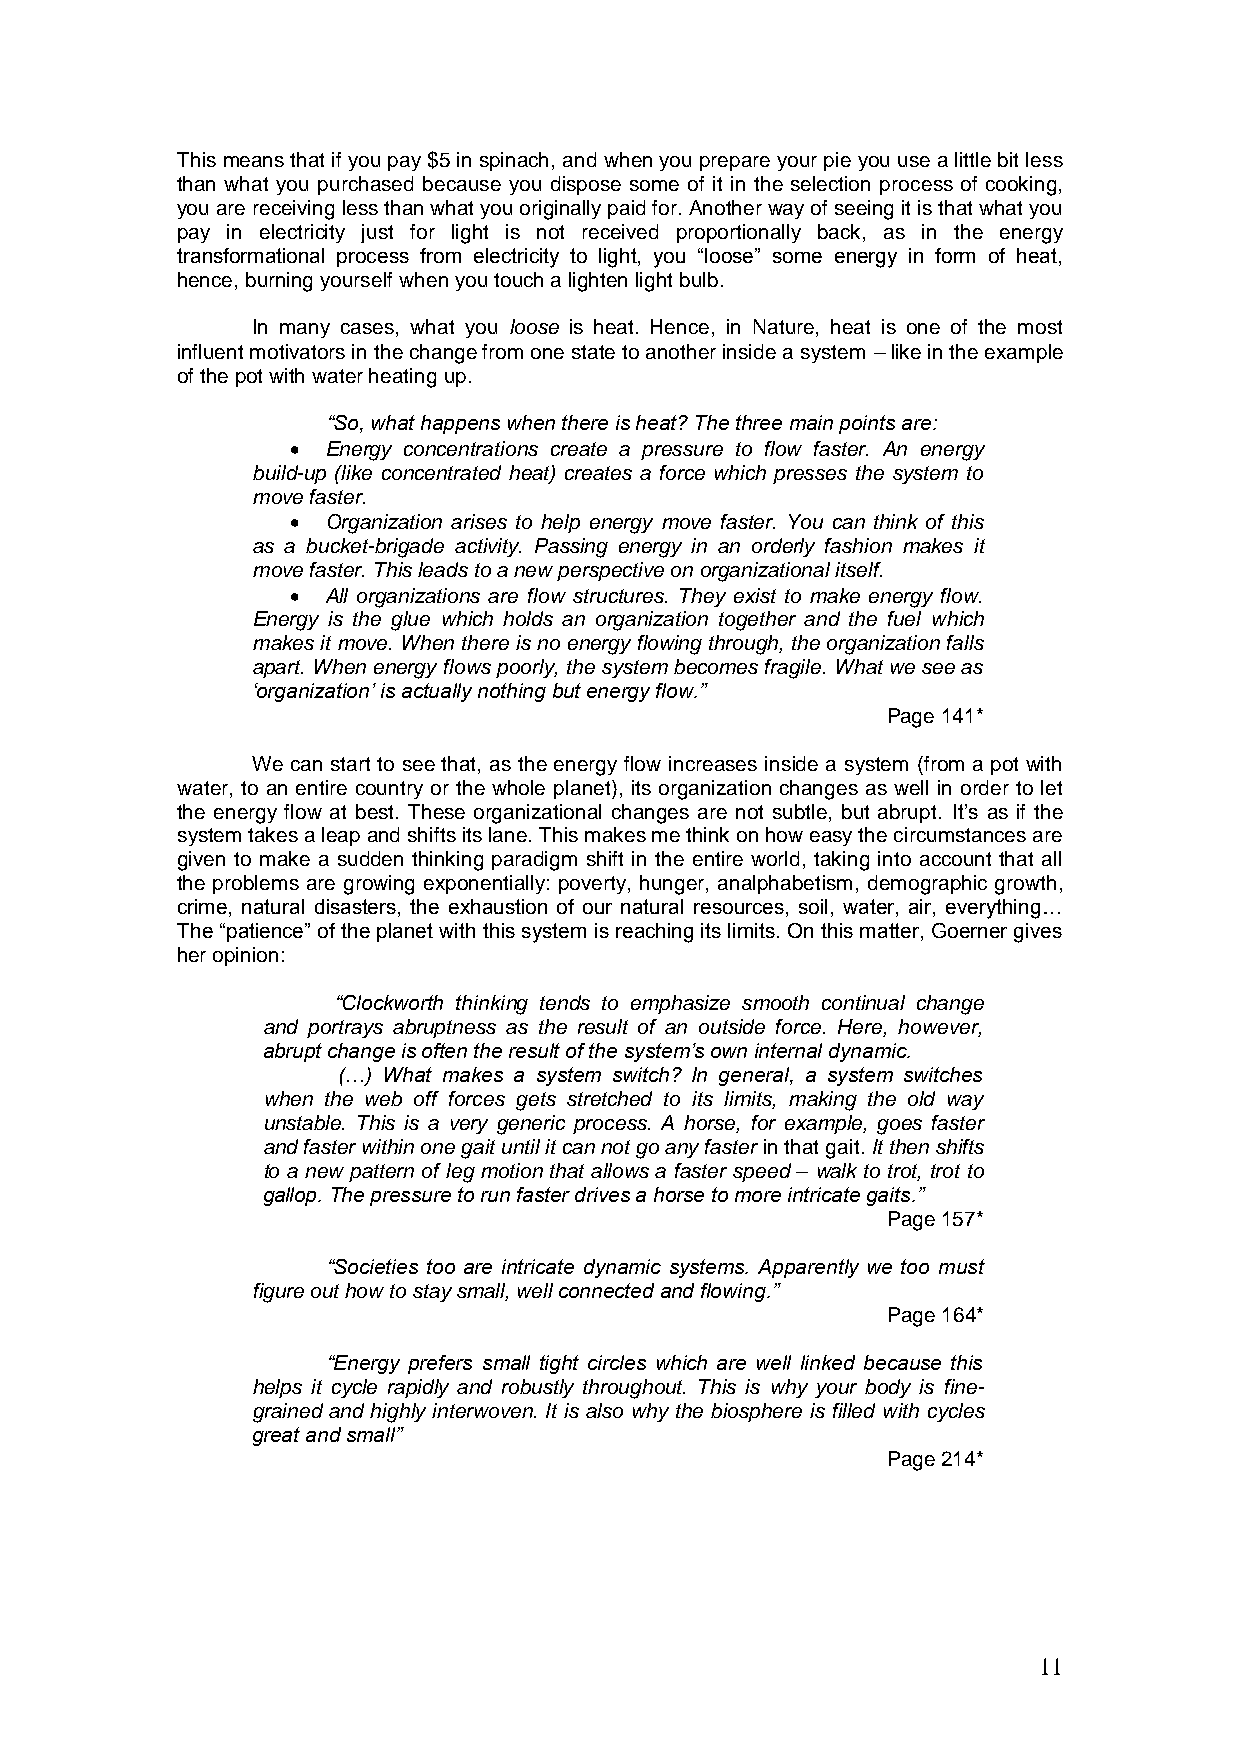
This means that if you pay $5 in spinach, and when you prepare your pie you use a little bit less
 than what you purchased because you dispose some of it in the selection process of cooking,
 you are receiving less than what you originally paid for. Another way of seeing it is that what you
 pay in electricity just for light is not received proportionally back, as in the energy
 transformational process from electricity to light, you ―loose‖ some energy in form of heat,
 hence, burning yourself when you touch a lighten light bulb.
 In many cases, what you loose is heat. Hence, in Nature, heat is one of the most
 influent motivators in the change from one state to another inside a system – like in the example
 of the pot with water heating up.
 “So, what happens when there is heat? The three main points are:
   Energy concentrations create a pressure to flow faster. An energy
 build-up (like concentrated heat) creates a force which presses the system to
 move faster.
   Organization arises to help energy move faster. You can think of this
 as a bucket-brigade activity. Passing energy in an orderly fashion makes it
 move faster. This leads to a new perspective on organizational itself.
   All organizations are flow structures. They exist to make energy flow.
 Energy is the glue which holds an organization together and the fuel which
 makes it move. When there is no energy flowing through, the organization falls
 apart. When energy flows poorly, the system becomes fragile. What we see as
 „organization‟ is actually nothing but energy flow.”
 Page 141*
 We can start to see that, as the energy flow increases inside a system (from a pot with
 water, to an entire country or the whole planet), its organization changes as well in order to let
 the energy flow at best. These organizational changes are not subtle, but abrupt. It’s as if the
 system takes a leap and shifts its lane. This makes me think on how easy the circumstances are
 given to make a sudden thinking paradigm shift in the entire world, taking into account that all
 the problems are growing exponentially: poverty, hunger, analphabetism, demographic growth,
 crime, natural disasters, the exhaustion of our natural resources, soil, water, air, everything…
 The ―patience‖ of the planet with this system is reaching its limits. On this matter, Goerner gives
 her opinion:
 “Clockworth thinking tends to emphasize smooth continual change
 and portrays abruptness as the result of an outside force. Here, however,
 abrupt change is often the result of the system‟s own internal dynamic.
 (…) What makes a system switch? In general, a system switches
 when the web off forces gets stretched to its limits, making the old way
 unstable. This is a very generic process. A horse, for example, goes faster
 and faster within one gait until it can not go any faster in that gait. It then shifts
 to a new pattern of leg motion that allows a faster speed – walk to trot, trot to
 gallop. The pressure to run faster drives a horse to more intricate gaits.”
 Page 157*
 “Societies too are intricate dynamic systems. Apparently we too must
 figure out how to stay small, well connected and flowing.”
 Page 164*
 “Energy prefers small tight circles which are well linked because this
 helps it cycle rapidly and robustly throughout. This is why your body is fine-
 grained and highly interwoven. It is also why the biosphere is filled with cycles
 great and small”
 Page 214*
 11